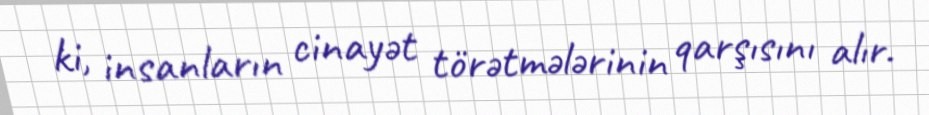
ki, insanların cinayət törətmələrinin qarşısını alır.